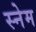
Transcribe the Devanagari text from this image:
स्नेम